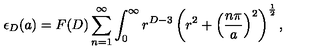
\epsilon _ { D } ( a ) = F ( D ) \sum _ { n = 1 } ^ { \infty } \int _ { 0 } ^ { \infty } r ^ { D - 3 } \left( r ^ { 2 } + \left( \frac { n \pi } { a } \right) ^ { 2 } \right) ^ { \frac { 1 } { 2 } } ,